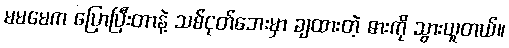
မမမေက ပြောပြီးတာနဲ့ သစ်ငုတ်ဘေးမှာ ချထားတဲ့ ဓားကို သွားယူတယ်။